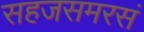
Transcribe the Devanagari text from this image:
सहजसमरसं